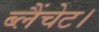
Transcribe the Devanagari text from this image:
ब्लैंचेट।